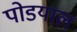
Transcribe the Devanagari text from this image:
पोडयाल